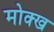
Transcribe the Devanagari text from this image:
मोक्ख